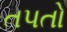
તપતો